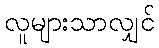
လူများသာလျှင်